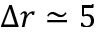
\Delta r \simeq 5